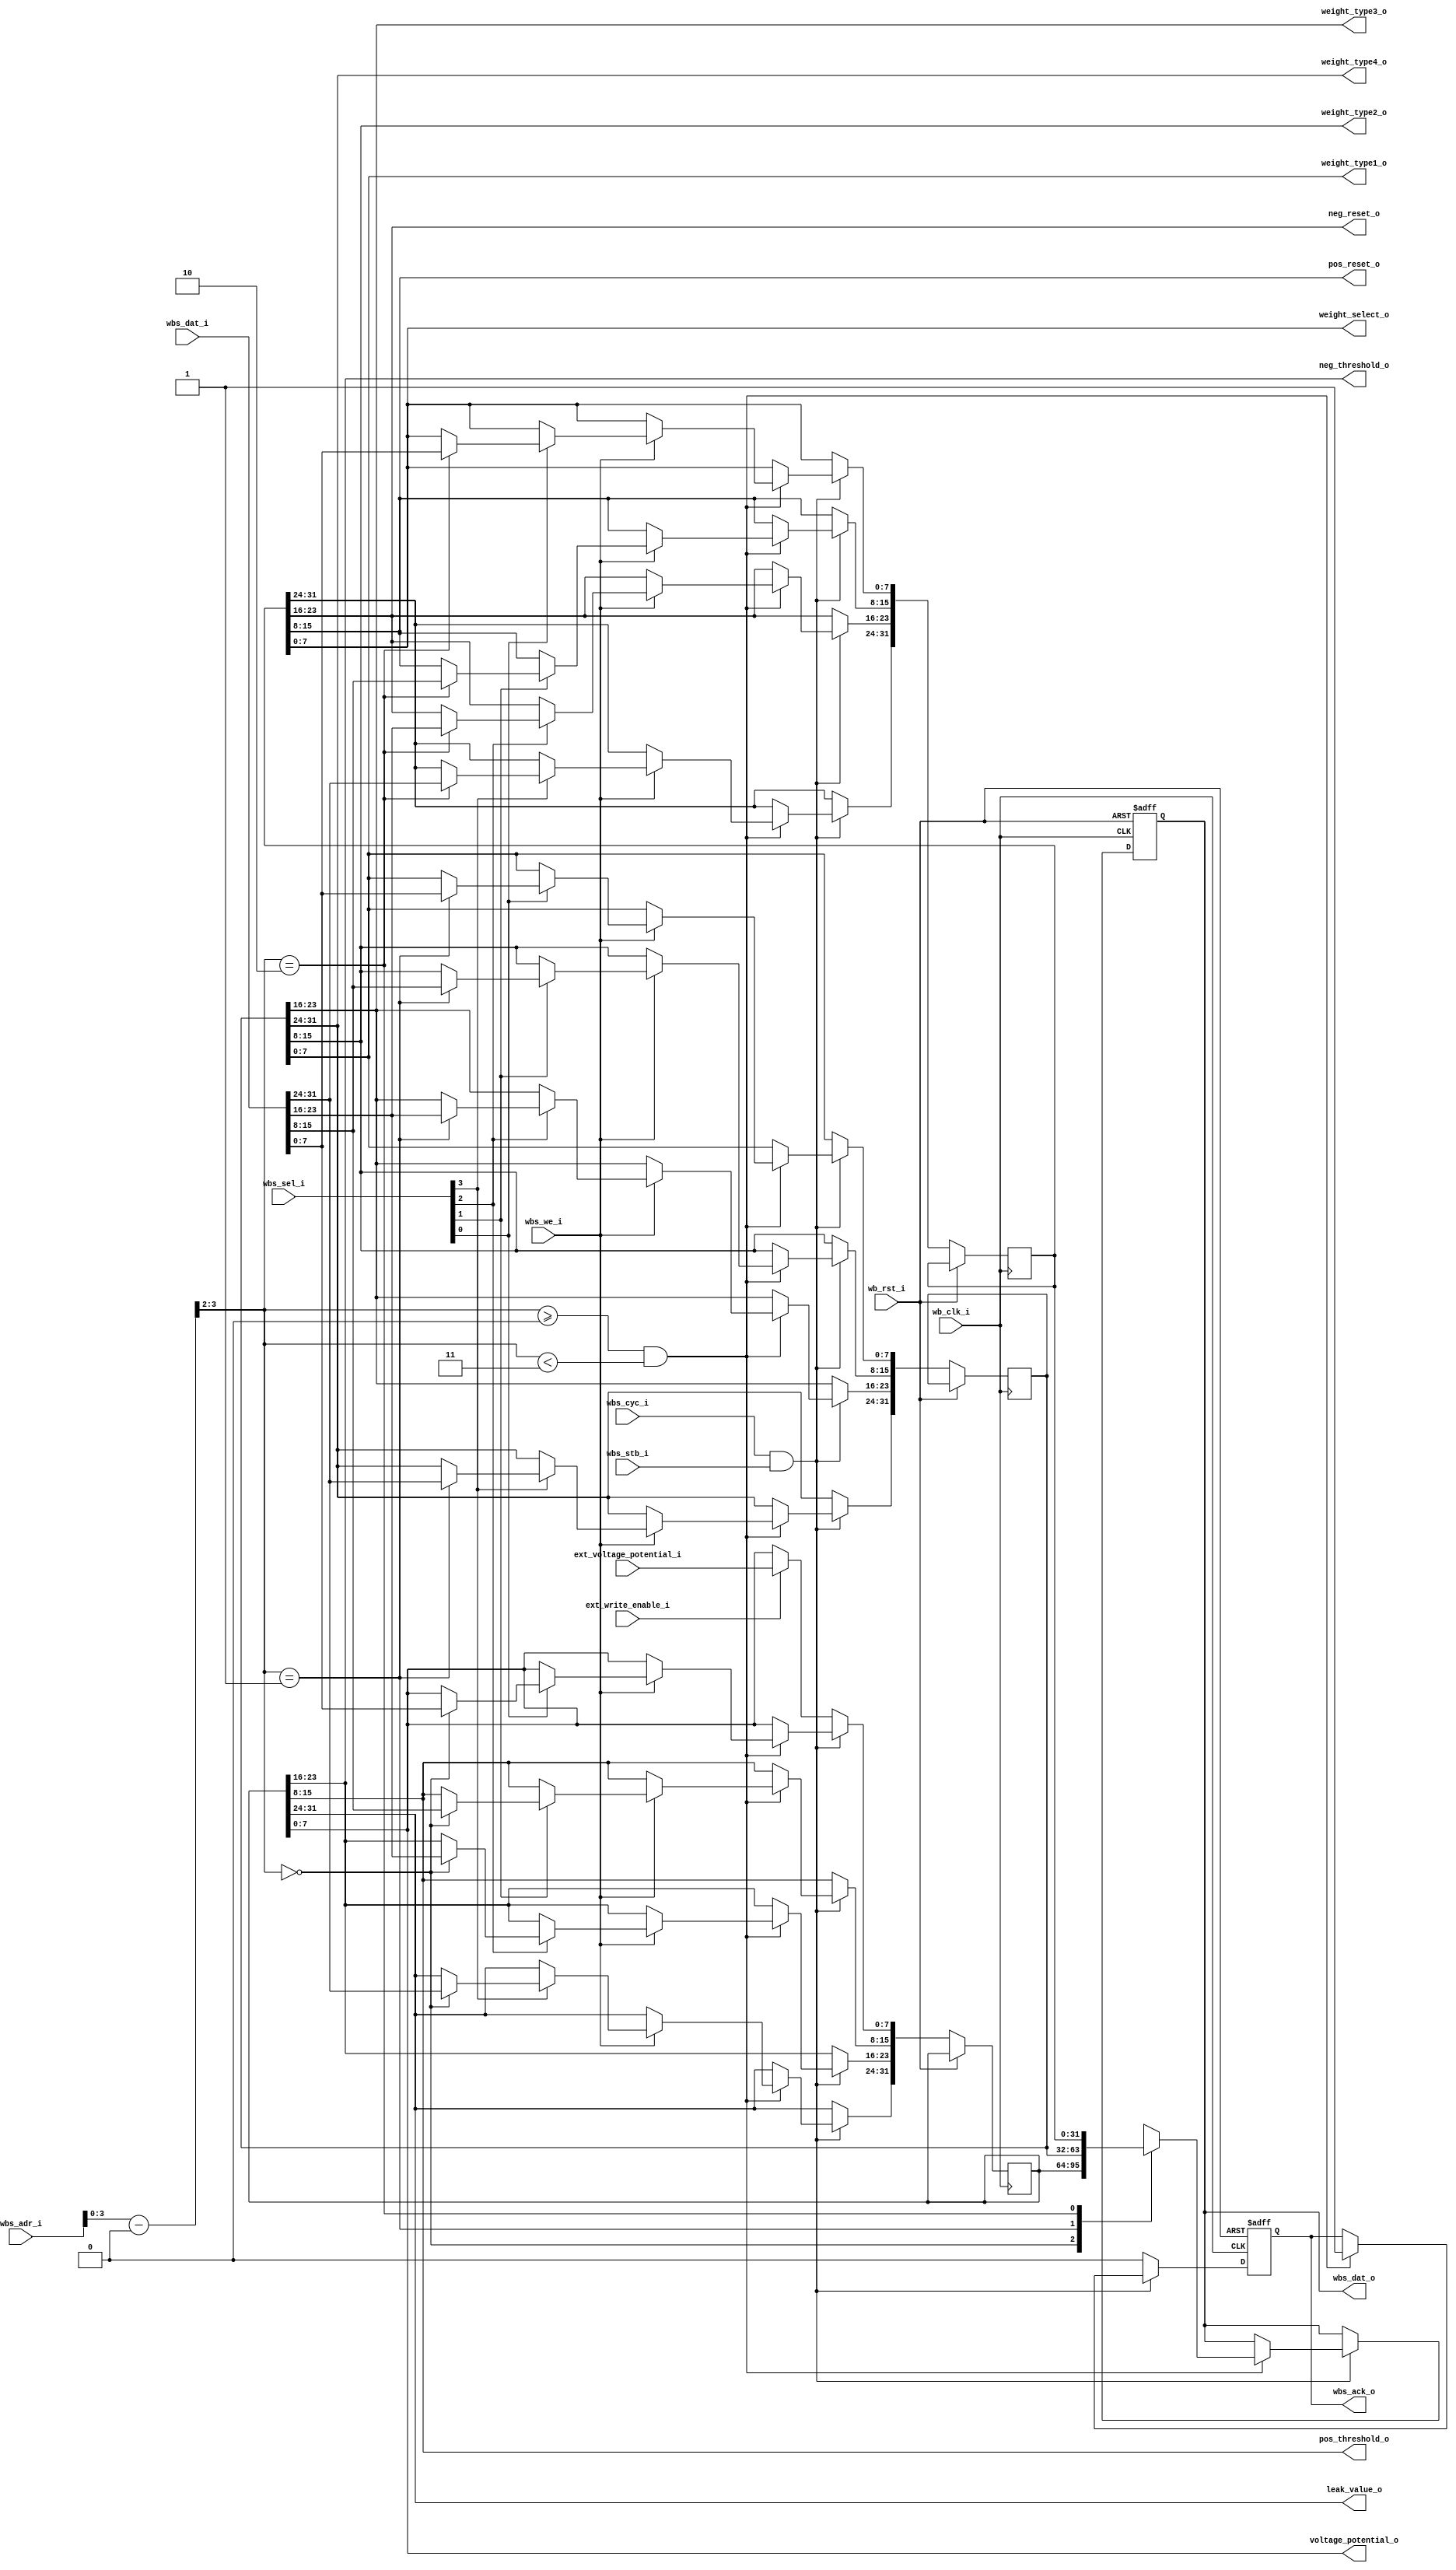
module neuron_parameters (
    // Wishbone slave interface
    input wb_clk_i,             // Clock
    input wb_rst_i,             // Reset
    input wbs_cyc_i,            // Indicates an active Wishbone cycle
    input wbs_stb_i,            // Active during a valid address phase
    input wbs_we_i,             // Determines read or write operation
    input [3:0] wbs_sel_i,      // Byte lanes selector
    input [31:0] wbs_adr_i,     // Address input
    input [31:0] wbs_dat_i,     // Data input for writes
    output reg wbs_ack_o,       // Acknowledgment for data transfer
    output reg [31:0] wbs_dat_o, // Data output
    
    // New inputs for external write to voltage_potential_o
    input [7:0] ext_voltage_potential_i, // External voltage potential input
    input ext_write_enable_i,            // External write enable signal

    // Neuron-specific outputs
    output [7:0] voltage_potential_o, // Current voltage potential
    output [7:0] pos_threshold_o,     // Positive threshold
    output [7:0] neg_threshold_o,     // Negative threshold
    output [7:0] leak_value_o,        // Leak value
    output [7:0] weight_type1_o,      // 1st weight type
    output [7:0] weight_type2_o,      // 2nd weight type
    output [7:0] weight_type3_o,      // 3rd weight type
    output [7:0] weight_type4_o,      // 4th weight type
    output [7:0] weight_select_o,     // Weight selection
    output [7:0] pos_reset_o,         // Positive reset
    output [7:0] neg_reset_o          // Negative reset
);

parameter BASE_ADDR = 32'h40000000;  // Base address for this SRAM
reg [31:0] sram [2:0];               // SRAM storage

wire [1:0] address;
assign address = (wbs_adr_i - BASE_ADDR) >> 2;

// Handling read/write operations and the acknowledgment signal
always @(negedge wb_clk_i or posedge wb_rst_i) begin
    if (wb_rst_i) begin
        wbs_ack_o <= 1'b0;
        wbs_dat_o <= 32'b0;
    end
    else begin
        if (wbs_cyc_i && wbs_stb_i) begin
            if (address >= 0 && address < 3) begin
                if (wbs_we_i) begin
                    // Byte-specific writes based on wbs_sel_i
                    if (wbs_sel_i[0]) sram[address][7:0] <= wbs_dat_i[7:0];
                    if (wbs_sel_i[1]) sram[address][15:8] <= wbs_dat_i[15:8];
                    if (wbs_sel_i[2]) sram[address][23:16] <= wbs_dat_i[23:16];
                    if (wbs_sel_i[3]) sram[address][31:24] <= wbs_dat_i[31:24];
                end
                wbs_dat_o <= sram[address];
                wbs_ack_o <= 1'b1;
            end
        end
        else begin
            wbs_ack_o <= 1'b0;
            
            // New logic for external write to voltage_potential_o
            if (ext_write_enable_i) begin
                sram[0][7:0] <= ext_voltage_potential_i;
            end
        end
    end
end

// Generating the neuron-specific outputs based on the contents of the SRAM
assign voltage_potential_o = sram[0][7:0];
assign pos_threshold_o = sram[0][15:8];
assign neg_threshold_o = sram[0][23:16];
assign leak_value_o = sram[0][31:24];
assign weight_type1_o = sram[1][7:0];
assign weight_type2_o = sram[1][15:8];
assign weight_type3_o = sram[1][23:16];
assign weight_type4_o = sram[1][31:24];
assign weight_select_o = sram[2][7:0];
assign pos_reset_o = sram[2][15:8];
assign neg_reset_o = sram[2][23:16];

endmodule